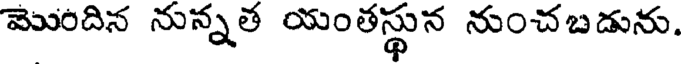
మొందిన నున్నత యంతస్థున నుంచబడును.